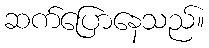
ဆက်ပြောနေသည်။